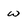
Character: w